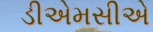
ડીએમસીએ